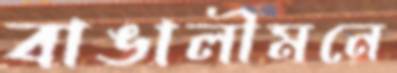
বাঙালীমনে